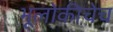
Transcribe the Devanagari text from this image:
भूलोकीचेच